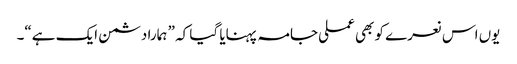
یوں اس نعرے کو بھی عملی جامہ پہنایا گیا کہ ” ہمارا دشمن ایک ہے“۔